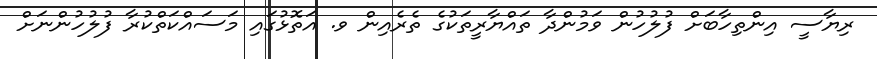
ރިޔާސީ އިންތިހާބަށް ފުލުހުން ވަމުންދާ ތައްޔާރީތަކުގެ ތެރެއިން ވ. އަތޮޅުގައި މަސައްކަތްކުރާ ފުލުހުންނަށް